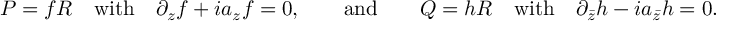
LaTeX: P = f R \quad \mathrm { w i t h } \quad \partial _ { z } f + i a _ { z } f = 0 , \qquad \mathrm { a n d } \qquad Q = h R \quad \mathrm { w i t h } \quad \partial _ { \bar { z } } h - i a _ { \bar { z } } h = 0 .